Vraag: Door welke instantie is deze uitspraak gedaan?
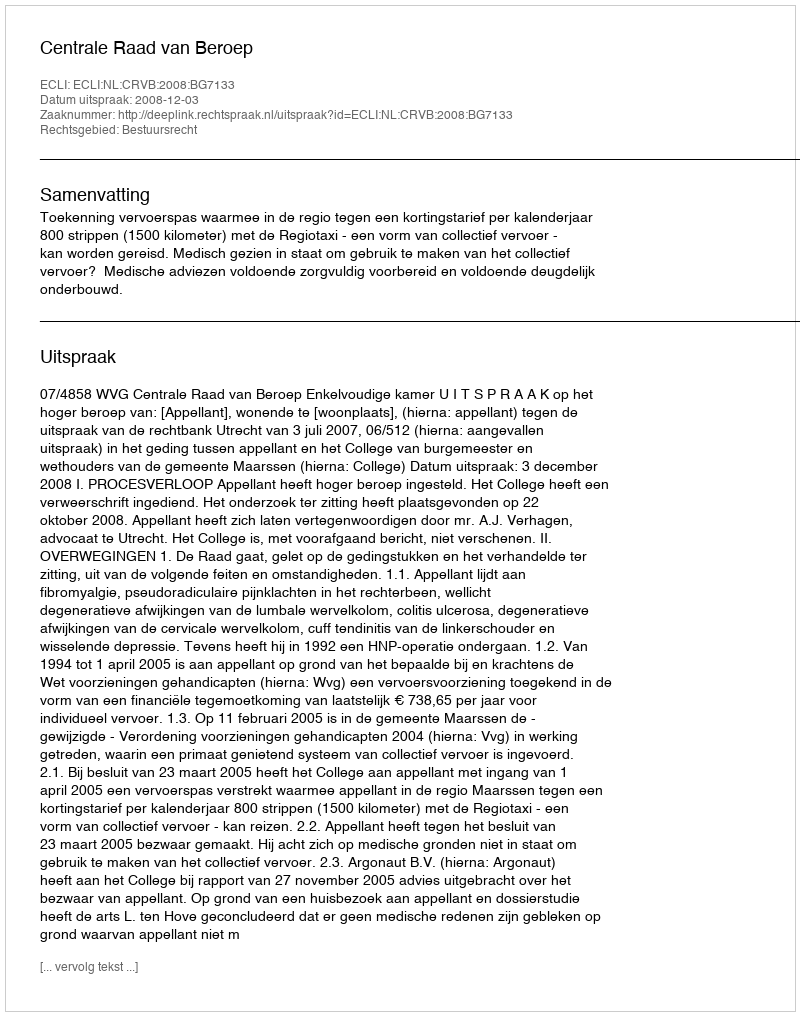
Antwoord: Centrale Raad van Beroep